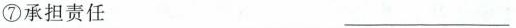
⑦承担责任 ___